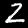
Digit: 2